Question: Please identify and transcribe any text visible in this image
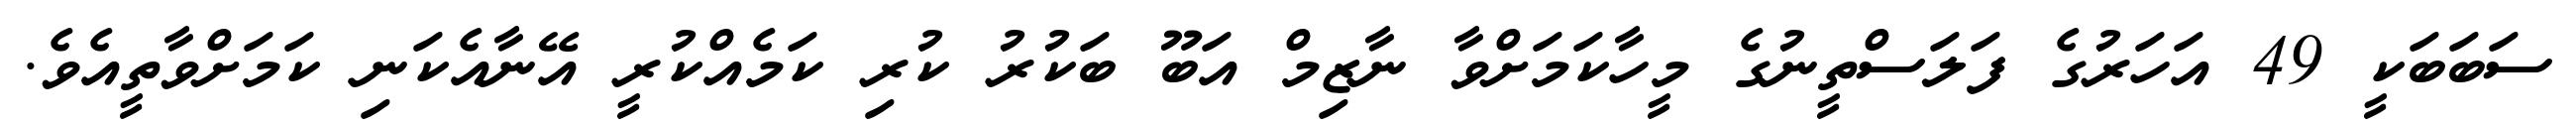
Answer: ސަބަބަކީ 49 އަހަރުގެ ފަލަސްތީނުގެ މީހާކަމަށްވާ ނާޒިމް އަބޫ ބަކުރު ކުރި ކަމެއްކުރީ އޭނާއެކަނި ކަމަށްވާތީއެވެ.